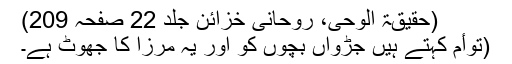
(حقیقۃ الوحی، روحانی خزائن جلد 22 صفحہ 209)
(توأم کہتے ہیں جڑواں بچوں کو اور یہ مرزا کا جھوٹ ہے۔